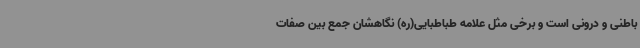
باطنی و درونی است و برخی مثل علامه طباطبایی(ره) نگاهشان جمع بین صفات